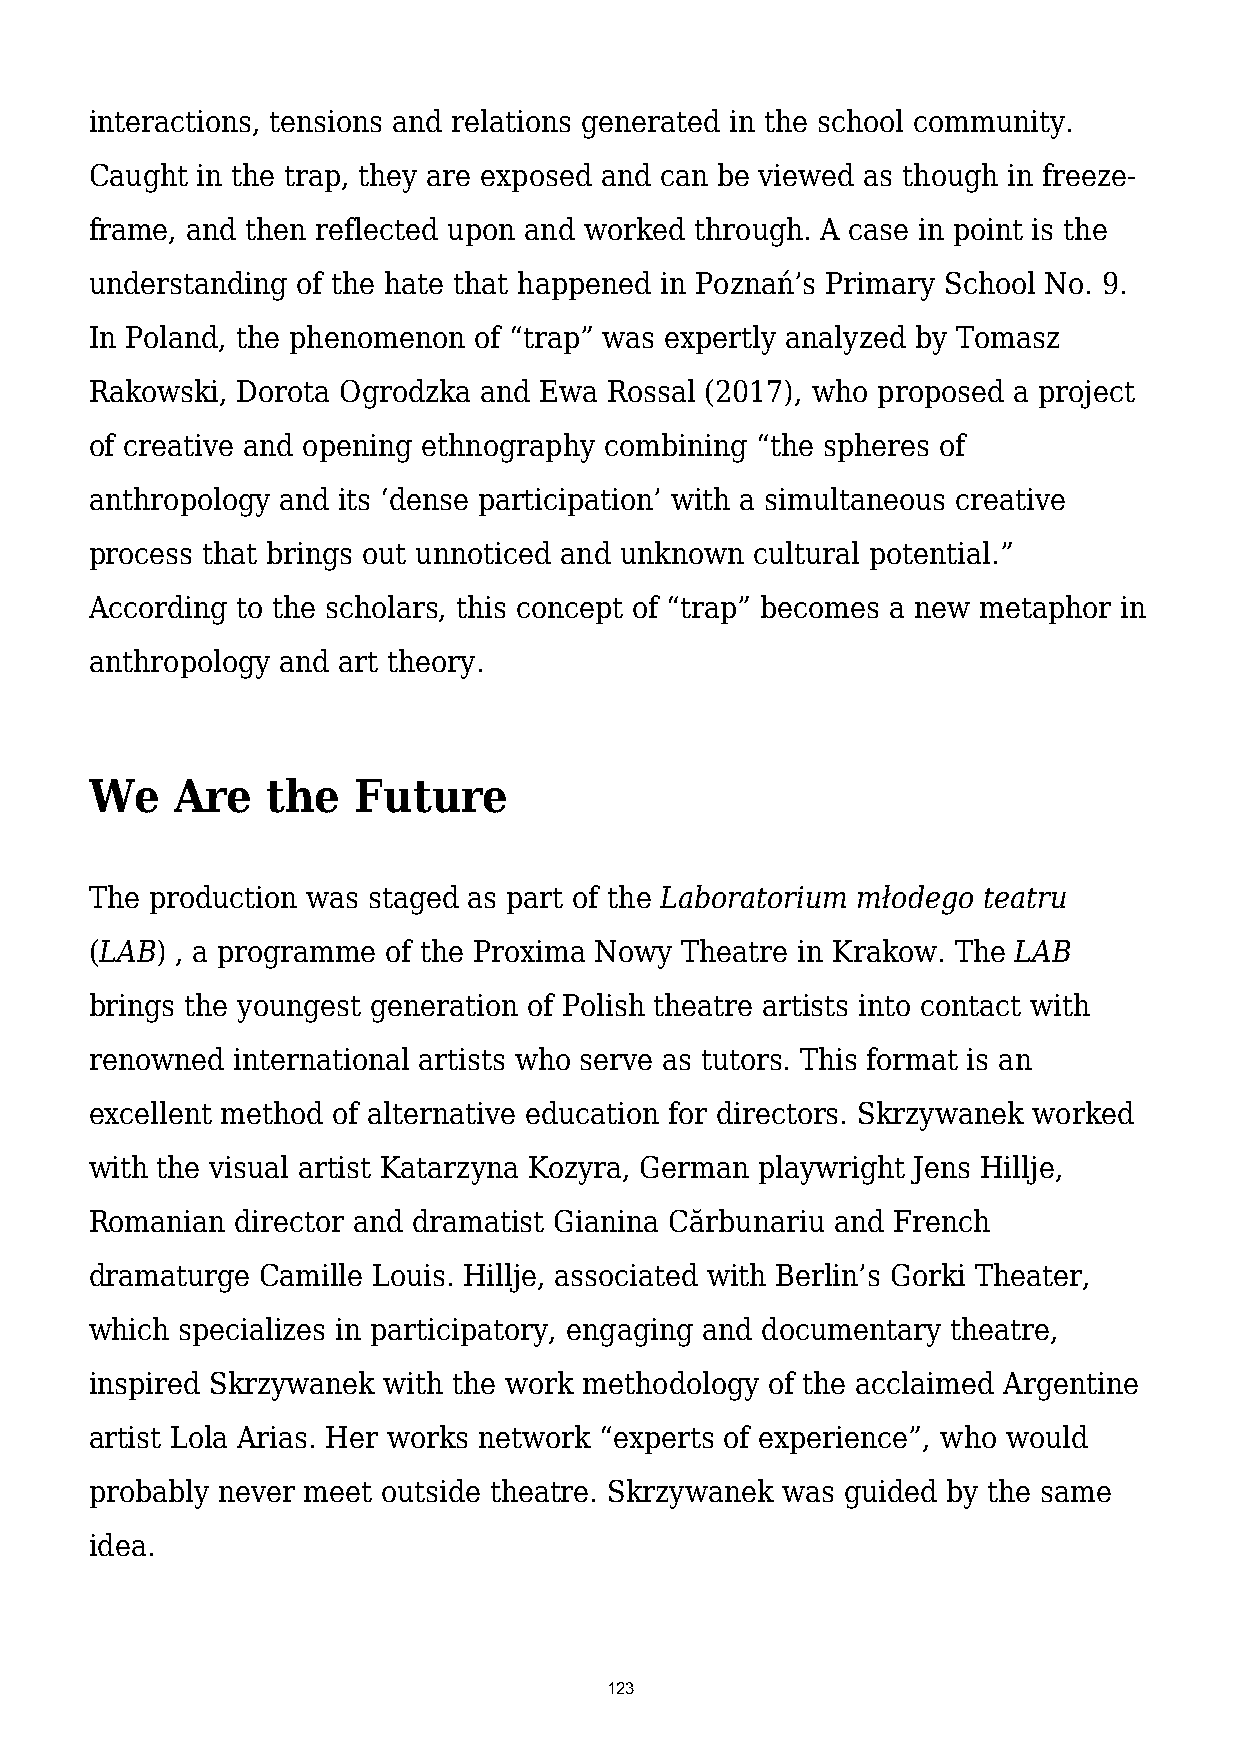
interactions, tensions and relations generated in the school community.
 Caught in the trap, they are exposed and can be viewed as though in freeze-
 frame, and then reflected upon and worked through. A case in point is the
 understanding of the hate that happened in Poznań’s Primary School No. 9.
 In Poland, the phenomenon of “trap” was expertly analyzed by Tomasz
 Rakowski, Dorota Ogrodzka and Ewa Rossal (2017), who proposed a project
 of creative and opening ethnography combining “the spheres of
 anthropology and its ‘dense participation’ with a simultaneous creative
 process that brings out unnoticed and unknown cultural potential.”
 According to the scholars, this concept of “trap” becomes a new metaphor in
 anthropology and art theory.
 We    Are   the  Future
 The production was staged as part of the Laboratorium młodego teatru
 (LAB) , a programme of the Proxima Nowy Theatre in Krakow. The LAB
 brings the youngest generation of Polish theatre artists into contact with
 renowned international artists who serve as tutors. This format is an
 excellent method of alternative education for directors. Skrzywanek worked
 with the visual artist Katarzyna Kozyra, German playwright Jens Hillje,
 Romanian  director and dramatist Gianina Cărbunariu and French
 dramaturge Camille Louis. Hillje, associated with Berlin’s Gorki Theater,
 which specializes in participatory, engaging and documentary theatre,
 inspired Skrzywanek with the work methodology of the acclaimed Argentine
 artist Lola Arias. Her works network “experts of experience”, who would
 probably never meet outside theatre. Skrzywanek was guided by the same
 idea.
 123